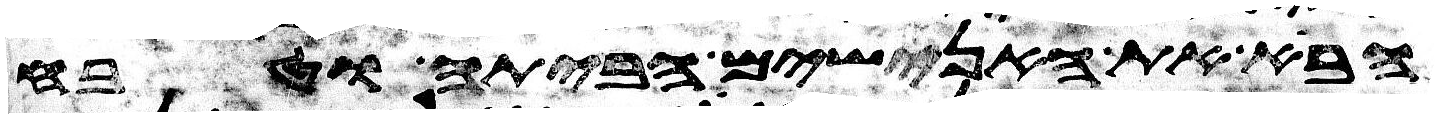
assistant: הבא את האנשים הביתה וטבח